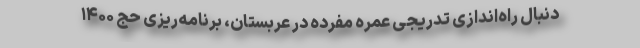
دنبال راه‌اندازی تدریجی عمره مفرده در عربستان، برنامه‌ریزی حج ۱۴۰۰